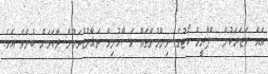
އެއް ނަޒަރަކުން ސްޕްރީމް ކޯޓުގެ ނިންމުންތައް މަސްހުނިވެ ތަޣާރުޒުވަމުން ދާކަމަށް ބުނެވެ އެވެ.